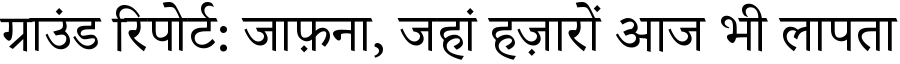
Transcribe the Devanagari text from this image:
ग्राउंड रिपोर्ट: जाफ़ना, जहां हज़ारों आज भी लापता